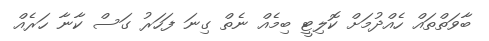
ބާވަތްތައް ހެއްދުމަށް ކޮލިޓީ ބިމެއް ނެތް ގިނަ ފަހަރު ގަސް ކާނާ ހަރެއް